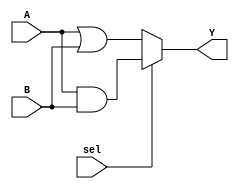
module combinational_logic(
    input wire [3:0] A,     // 4-bit input A
    input wire [3:0] B,     // 4-bit input B
    input wire sel,         // 1-bit select signal
    output reg [3:0] Y      // 4-bit output Y
);

always @(*) begin
    // Combinational logic using continuous assignment
    if (sel) begin
        Y = A & B;          // AND operation when sel is high
    end else begin
        Y = A | B;          // OR operation when sel is low
    end
end

endmodule